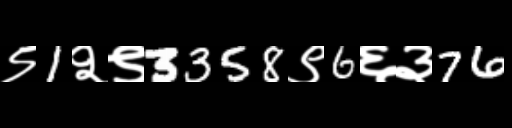
Text: ९1२९3358९6६३76